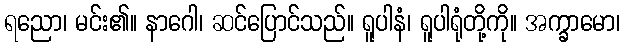
ရညော၊ မင်း၏။ နာဂေါ၊ ဆင်ပြောင်သည်။ ရူပါနံ၊ ရူပါရုံတို့ကို။ အက္ခာမော၊